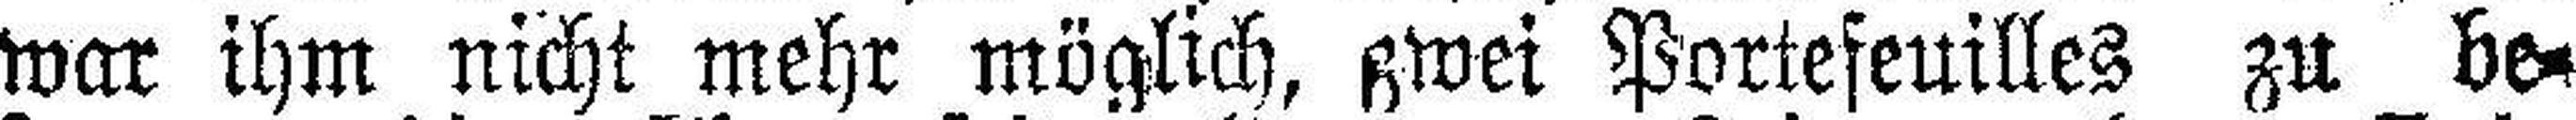
war ihm nicht mehr möglich, zwei Portefeuilles zu be¬